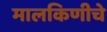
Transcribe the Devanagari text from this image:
मालकिणीचे